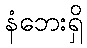
နံဘေးရှိ